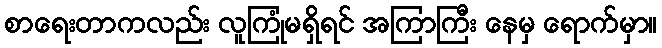
စာရေးတာကလည်း လူကြုံမရှိရင် အကြာကြီး နေမှ ရောက်မှာ။